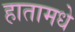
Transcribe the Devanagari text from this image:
हातामधे